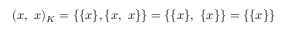
( x , \ x ) _ { K } = \{ \{ x \} , \{ x , \ x \} \} = \{ \{ x \} , \ \{ x \} \} = \{ \{ x \} \}